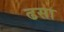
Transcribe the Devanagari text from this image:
ढसा